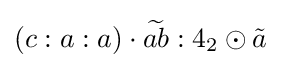
(c:a:a)\cdot {\widetilde {ab}}:4_{2}\odot {\tilde {a}}